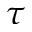
\tau